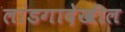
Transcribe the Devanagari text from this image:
लांडगादेखील